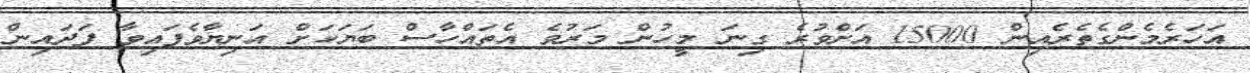
އަހަރެމެންގެތެރެއިން 15000 އަށްވުރެ ގިނަ މީހުން މަރުވެ އެތައްހާސް ބަޔަކަށް އަނިޔާވެފައިވާ ފަދައިން